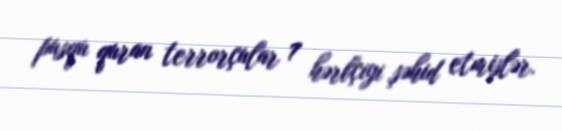
pusqu quran terrorçular 7 hərbçiyi şəhid etmişlər.